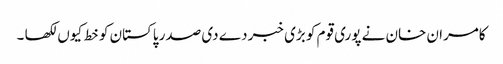
کامران خان نے پوری قوم کو بڑی خبر دے دی صدر پاکستان کو خط کیوں لکھا ۔